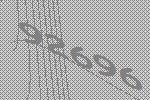
92696